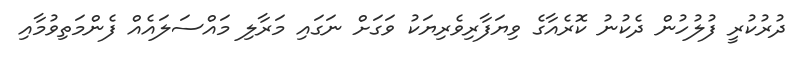
ދުރުކުރީ ފުލުހުން ދެކުނު ކޮރެއާގެ ވިޔަފާރިވެރިޔަކު ވަގަށް ނަގައި މަރާލި މައްސަލައެއް ފެންމަތިވުމާއި